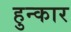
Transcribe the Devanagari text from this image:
हुन्कार